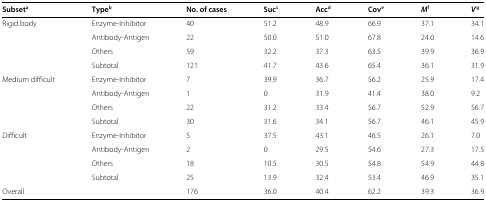
<table><thead><tr><td><b>Subset<sup>a</sup></b></td><td><b>Type<sup>b</sup></b></td><td><b>No. of cases</b></td><td><b>Suc<sup>c</sup></b></td><td><b>Acc<sup>d</sup></b></td><td><b>Cov<sup>e</sup></b></td><td><b><i>M</i><sup>f</sup></b></td><td><b><i>V</i><sup>g</sup></b></td></tr></thead><tbody><tr><td>Rigid body</td><td>Enzyme-Inhibitor</td><td>40</td><td>51.2</td><td>48.9</td><td>66.9</td><td>37.1</td><td>34.1</td></tr><tr><td> </td><td>Antibody-Antigen</td><td>22</td><td>50.0</td><td>51.0</td><td>67.8</td><td>24.0</td><td>14.6</td></tr><tr><td> </td><td>Others</td><td>59</td><td>32.2</td><td>37.3</td><td>63.5</td><td>39.9</td><td>36.9</td></tr><tr><td> </td><td>Subtotal</td><td>121</td><td>41.7</td><td>43.6</td><td>65.4</td><td>36.1</td><td>31.9</td></tr><tr><td>Medium difficult</td><td>Enzyme-Inhibitor</td><td>7</td><td>39.9</td><td>36.7</td><td>56.2</td><td>25.9</td><td>17.4</td></tr><tr><td> </td><td>Antibody-Antigen</td><td>1</td><td>0</td><td>31.9</td><td>41.4</td><td>38.0</td><td>9.2</td></tr><tr><td> </td><td>Others</td><td>22</td><td>31.2</td><td>33.4</td><td>56.7</td><td>52.9</td><td>56.7</td></tr><tr><td> </td><td>Subtotal</td><td>30</td><td>31.6</td><td>34.1</td><td>56.7</td><td>46.1</td><td>45.9</td></tr><tr><td>Difficult</td><td>Enzyme-Inhibitor</td><td>5</td><td>37.5</td><td>43.1</td><td>46.5</td><td>26.1</td><td>7.0</td></tr><tr><td> </td><td>Antibody-Antigen</td><td>2</td><td>0</td><td>29.5</td><td>54.6</td><td>27.3</td><td>17.5</td></tr><tr><td> </td><td>Others</td><td>18</td><td>10.5</td><td>30.5</td><td>54.8</td><td>54.9</td><td>44.8</td></tr><tr><td> </td><td>Subtotal</td><td>25</td><td>13.9</td><td>32.4</td><td>53.4</td><td>46.9</td><td>35.1</td></tr><tr><td>Overall</td><td> </td><td>176</td><td>36.0</td><td>40.4</td><td>62.2</td><td>39.3</td><td>36.9</td></tr></tbody></table>